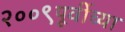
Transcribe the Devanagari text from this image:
२००९पूर्वीच्या